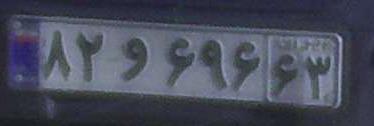
۸۲و۶۹۶۶۳